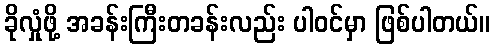
ခိုလှုံဖို့ အခန်းကြီးတခန်းလည်း ပါဝင်မှာ ဖြစ်ပါတယ်။